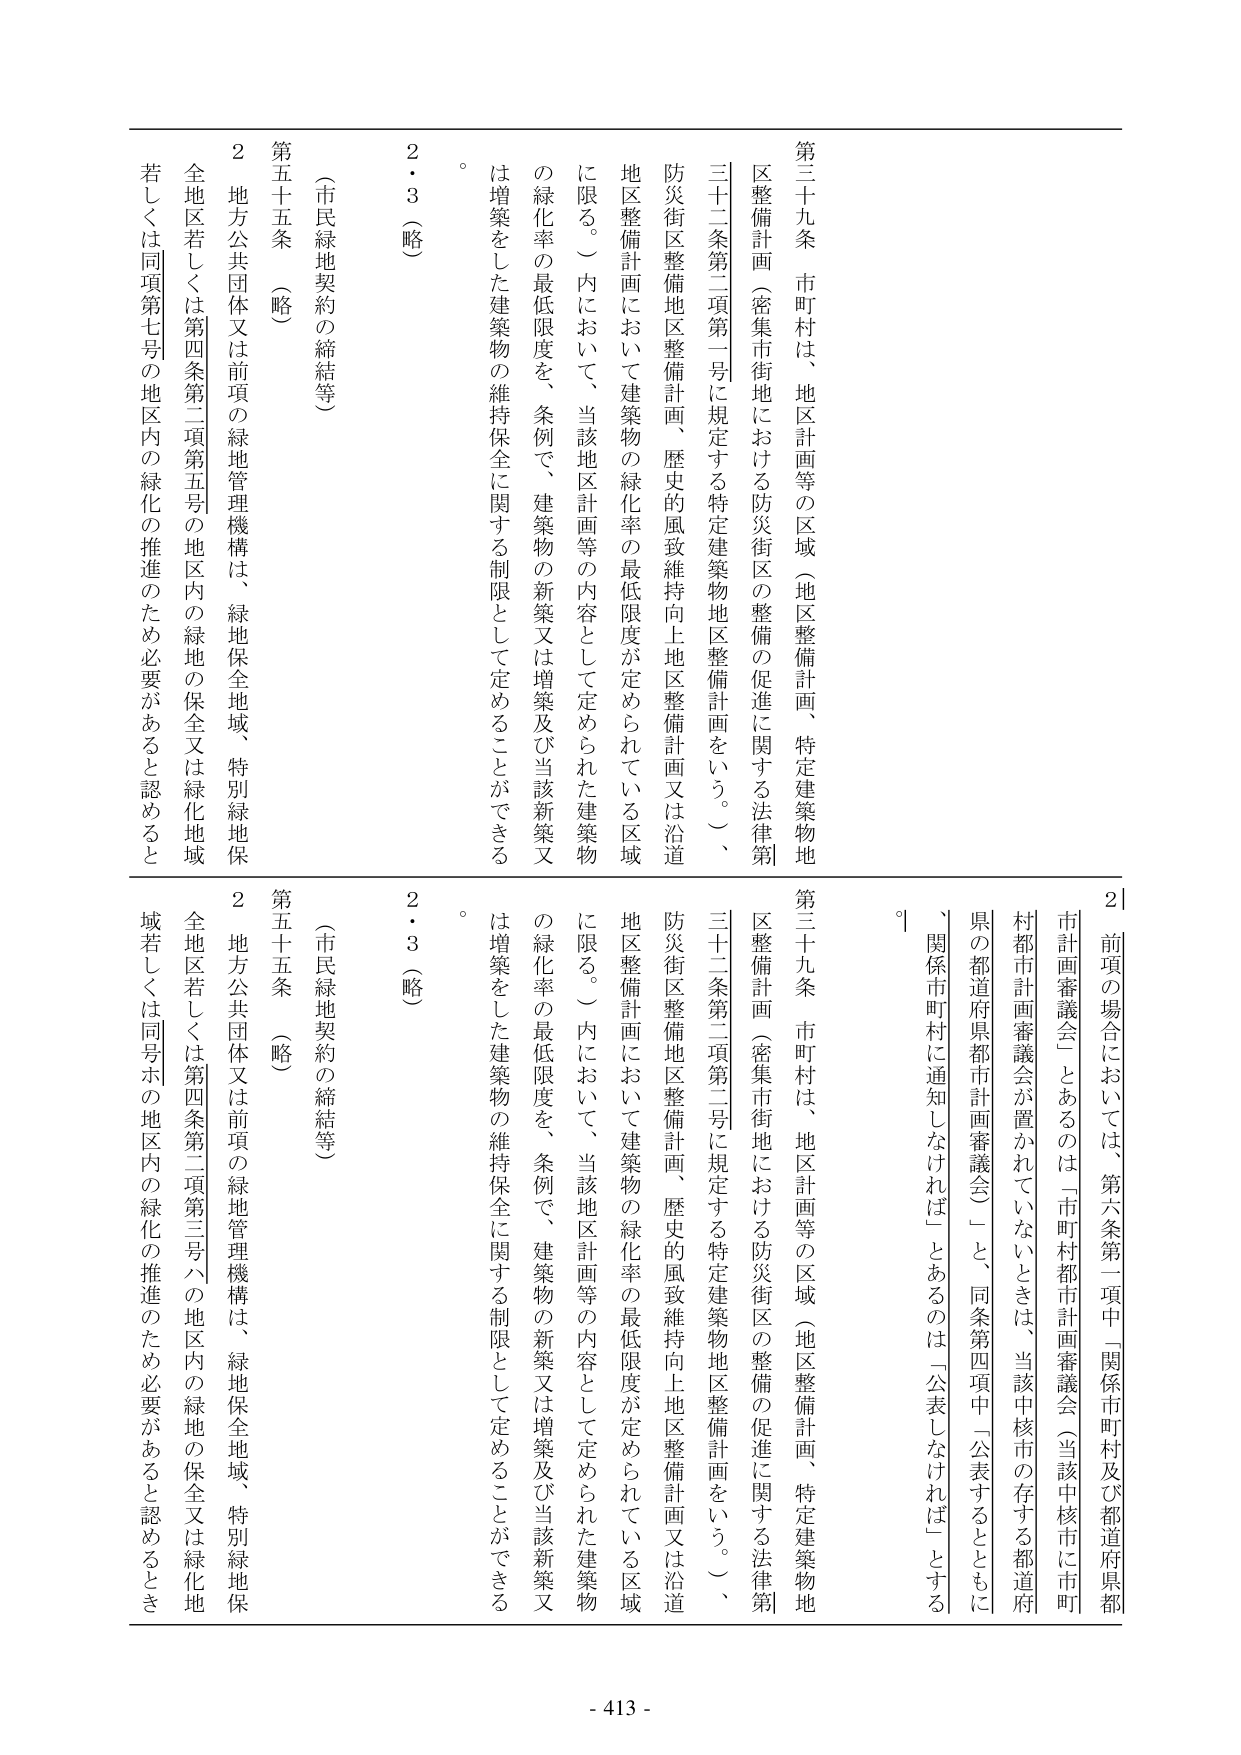
第三十九条 市町村は、地区計画等の区域（地区整備計画、特定建築物地区整備計画（密集市街地における防災街区の整備の促進に関する法律第三十二条第二項第一号に規定する特定建築物地区整備計画をいう。）、防災街区整備地区整備計画、歴史的風致維持向上地区整備計画又は沿道地区整備計画において建築物の緑化率の最低限度が定められている区域に限る。）内において、当該地区計画等の内容として定められた建築物の緑化率の最低限度を、条例で、建築物の新築又は増築及び当該新築又は増築をした建築物の維持保全に関する制限として定めることができる。

（市民緑地契約の締結等）

第五十五条 （略）

２ 地方公共団体又は前項の緑地管理機構は、緑地保全地域、特別緑地保全地区若しくは第四条第二項第五号の地区内の緑地の保全又は緑化地域若しくは同項第七号の地区内の緑化の推進のため必要があると認めるとき

2・3（略）

2 前項の場合においては、第六条第一項中「関係市町村及び都道府県都市計画審議会」とあるのは「市町村都市計画審議会（当該中核市に市町村都市計画審議会が置かれていないときは、当該中核市の存する都道府県の都道府県都市計画審議会）」と、同条第四項中「公表するとともに関係市町村に通知しなければ」とあるのは「公表しなければ」とする。

第三十九条 市町村は、地区計画等の区域（地区整備計画、特定建築物地区整備計画（密集市街地における防災街区の整備の促進に関する法律第三十二条第二項第二号に規定する特定建築物地区整備計画をいう。）、防災街区整備地区整備計画、歴史的風致維持向上地区整備計画又は沿道地区整備計画において建築物の緑化率の最低限度が定められている区域に限る。）内において、当該地区計画等の内容として定められた建築物の緑化率の最低限度を、条例で、建築物の新築又は増築及び当該新築又は増築をした建築物の維持保全に関する制限として定めることができる。

（市民緑地契約の締結等）

第五十五条 （略）

２ 地方公共団体又は前項の緑地管理機構は、緑地保全地域、特別緑地保全地区若しくは第四条第二項第三号ハの地区内の緑地の保全又は緑化地域若しくは同号ホの地区内の緑化の推進のため必要があると認めるとき

2・3（略）

- 413 -